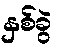
နှစ်ခွဲ